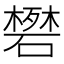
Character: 𬒟